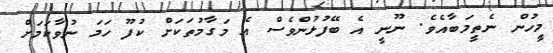
މީހުން ނެތީމަބާއެވެ. ނޫނީ އެ ބޭފުޅުންވެސް އެ މަގާމުތަކަށް ކުފޫ ހަމަ ނުވާކަމަށް